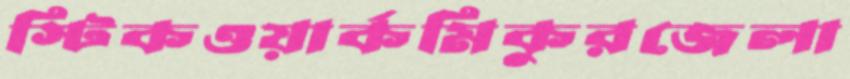
স্টিকওয়ার্কমিকুরজেলা